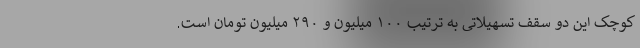
کوچک این دو سقف تسهیلاتی به ترتیب ۱۰۰ میلیون و ۲۹۰ میلیون تومان است.